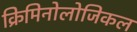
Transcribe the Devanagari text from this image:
क्रिमिनोलोजिकल